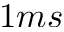
1 m s